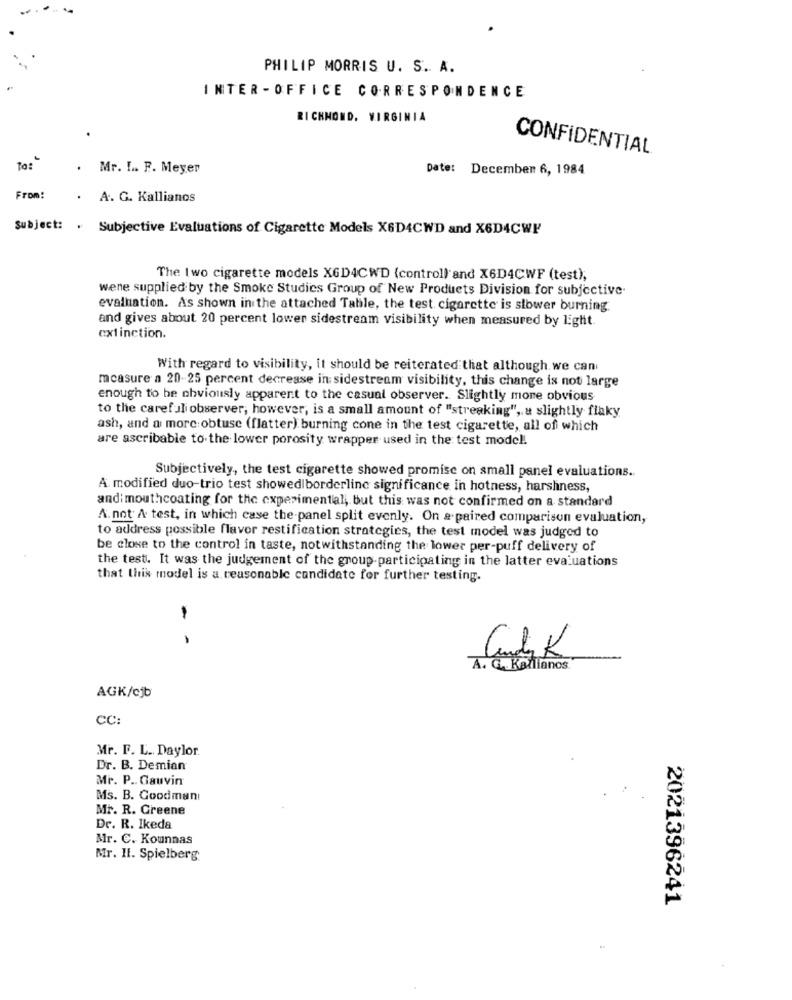
PHILIP MORRIS U. S. A.
INTER - OFFICE CORRESPONDENCE
RICHMOND, VIRGINIA
CONFIDENTIAL
To:
Mr. I. F. Meyer
Date: December 6, 1984
From:
A. G. Kallianos
Subject: . Subjective Evaluations of Cigarette Models X6D4CWD and X6D4CWP
The two cigarette models XGD4CWD (controll and X6D4CWF (test),
wene supplied by the Smoke Studies Group of New Products Division for subjective.
evaluation. As shown in the attached Table, the test cigarette is slower burning.
and gives about 20 percent lower sidestream visibility when measured by light.
extinction.
With regard to visibility, it should be reiterated that although we can
measure a 20-25 percent decrease in sidestream visibility, this change is not large
enough to be obviously apparent to the casual observer. Slightly more obvious
to the carefuli observer; however, is a small amount of "streaking", a slightly flaky
ash, and a more obtuse (flatter) burning cone in the test cigarette, all of which
are ascribable to the lower porosity wrapper used in the test model.
Subjectively, the test cigarette showed promise on small panel evaluations ..
A modified duo-trio test showedlborderline significance in hotness, harshness,
andi mouthcoating for the experimental, but this was not confirmed on a standard
A.not A test, in which case the panel split evenly. On a.paired comparison evaluation,
to address possible flavor restification strategies, the test model was judged to
be close to the control in taste, notwithstanding the lower per-puff delivery of
the test. It was the judgement of the group participating in the latter evaluations
that this model is a reasonable candidate for further testing.
-
-
A. G. Kohlanos
AGK/cjb
CC:
Mr. F. L. Daylor.
Dr. B. Demian
Mr. P. Gauvin
Ms. B. Goodman!
Mr. R. Greene
Dr. R. Ikeda
Mr. C. Kounnas
Mr. Il. Spielberg:
2021396241